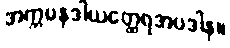
အက္ကမနဒါယတ္ထေရအပဒါန။